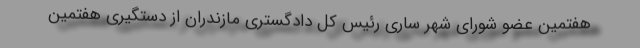
هفتمین عضو شورای شهر ساری رئیس کل دادگستری مازندران از دستگیری هفتمین